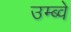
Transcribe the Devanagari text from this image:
उम्ब्वे